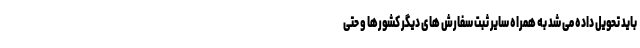
باید تحویل داده می شد به همراه سایر ثبت سفارش های دیگر کشورها و حتی